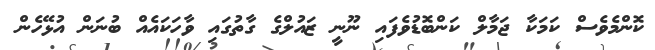
ކޮންމެވެސް ކަމަކާ ޖަމާލް ކަންބޮޑުވެފައި ނޫނީ ޒައުލްގެ ގާތުގައި ވާހަކައެއް ބުނަން އުޅޭހެން